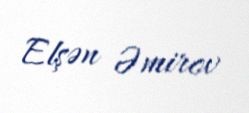
Elşən Əmirov